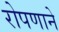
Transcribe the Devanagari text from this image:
रोपणाने